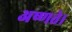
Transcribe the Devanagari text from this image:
अष्णते।